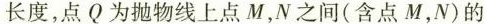
长度，点Q为抛物线上点M，N之间(含点M，N)的